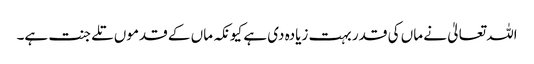
اللہ تعالیٰ نے ماں کی قدر بہت زیادہ دی ہے کیونکہ ماں کے قدموں تلے جنت ہے۔